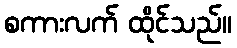
စကားလက် ထိုင်သည်။